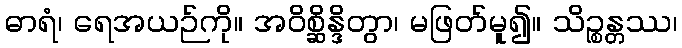
ဓာရံ၊ ရေအယဉ်ကို။ အဝိစ္ဆိန္ဒိတွာ၊ မဖြတ်မူ၍။ သိဉ္စန္တဿ၊